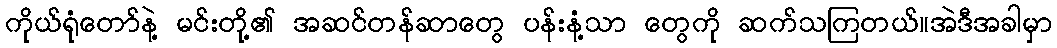
ကိုယ်ရုံတော်နဲ့ မင်းတို့၏ အဆင်တန်ဆာတွေ ပန်းနံ့သာ တွေကို ဆက်သကြတယ်။အဲဒီအခါမှာ